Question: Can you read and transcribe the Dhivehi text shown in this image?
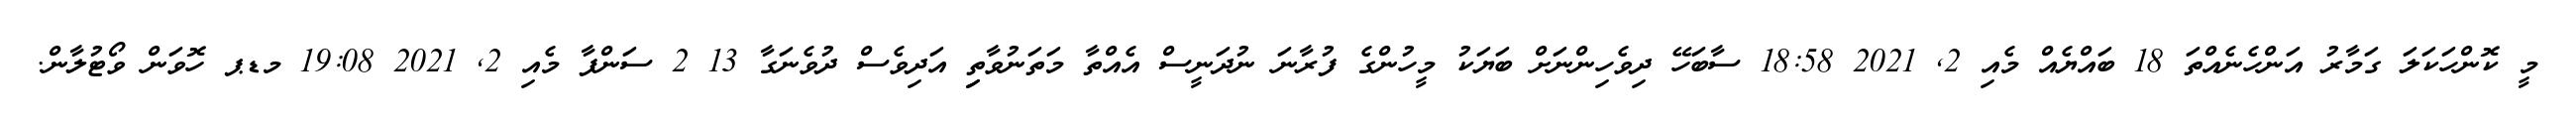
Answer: މީ ކޮންހަކަލަ ގަމާރު އަންހެނެއްތަ 18 ބައްޔެއް މެއި 2, 2021 18:58 ސާބަހޭ ދިވެހިންނަށް ބަޔަކު މީހުންގެ ފުރާނަ ނުދަނީސް އެއްތާ މަތަނުވާތިި އަދިވެސް ދުވެނަގާ 13 2 ސަންފާ މެއި 2, 2021 19:08 މޑޕ ހޮވަން ވޯޓުލާން.